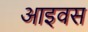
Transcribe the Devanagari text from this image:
आइवस